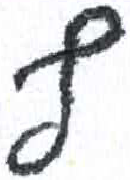
אות: ף